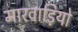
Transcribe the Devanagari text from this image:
मारवाड़ियो